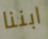
ابننا